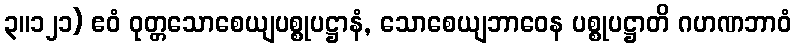
၃။၁၂၁) ဧဝံ ဝုတ္တသောစေယျပစ္စုပဋ္ဌာနံ, သောစေယျဘာဝေန ပစ္စုပဋ္ဌာတိ ဂဟဏဘာဝံ